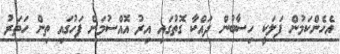
އެހެންކަމުން ފަލަކީ ހިސާބުން ދައްކާ ގޮތުގައި އިރު އޮއްސުމަށް ފަހުގައި ތިން ހަތަރު